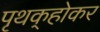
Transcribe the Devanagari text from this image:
पृथक्‌होकर